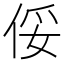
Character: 俀